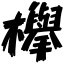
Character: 欅